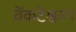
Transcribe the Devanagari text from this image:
वेंकटेश्वरन